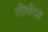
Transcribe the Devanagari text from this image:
तीर्थदह